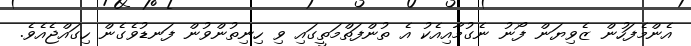
އެންމެފަހުން ޒެވިޔަން ފޯނު ނެގުމާއިއެކު އެ ތުންފަތްމަތީގައި ވި ހިނިތުންވުން ފަނޑުވެގެން ހިގައްޖެއެވެ.